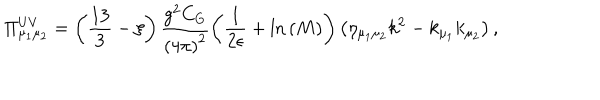
\Pi _ { \mu _ { 1 } \mu _ { 2 } } ^ { \mathrm { U V } } = \left( \frac { 1 3 } { 3 } - \xi \right) \frac { g ^ { 2 } C _ { G } } { \left( 4 \pi \right) ^ { 2 } } \left( \frac { 1 } { 2 \epsilon } + \mathrm { l n } \left( M \right) \right) \left( \eta _ { \mu _ { 1 } \mu _ { 2 } } k ^ { 2 } - k _ { \mu _ { 1 } } k _ { \mu _ { 2 } } \right) ,